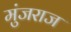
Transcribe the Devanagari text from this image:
मुंजराज